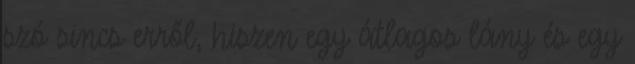
szó sincs erről, hiszen egy átlagos lány és egy